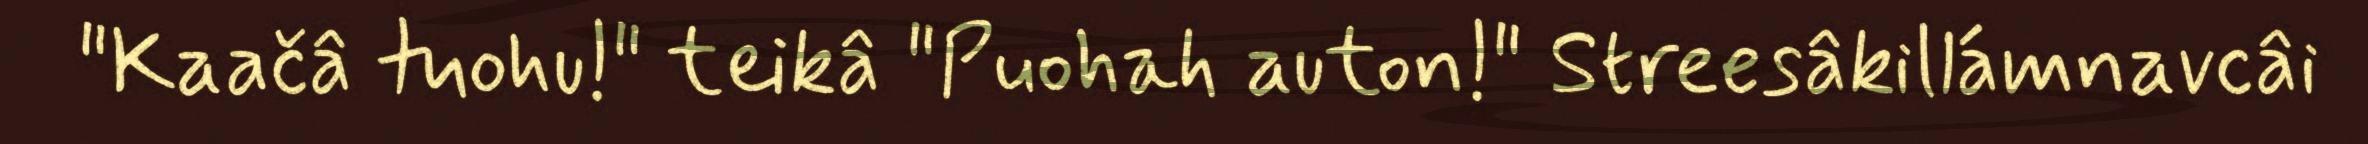
"Kaačâ tuohu!" teikâ "Puohah auton!" Streesâkillámnavcâi